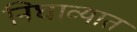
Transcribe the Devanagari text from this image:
निघाव्यात